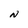
Character: N